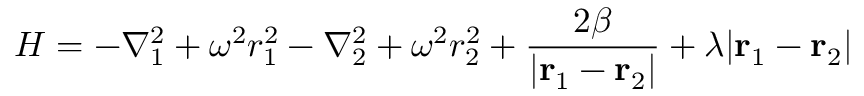
H = - \nabla _ { 1 } ^ { 2 } + \omega ^ { 2 } r _ { 1 } ^ { 2 } - \nabla _ { 2 } ^ { 2 } + \omega ^ { 2 } r _ { 2 } ^ { 2 } + { \frac { 2 \beta } { | { \bf r } _ { 1 } - { \bf r } _ { 2 } | } } + \lambda | { \bf r } _ { 1 } - { \bf r } _ { 2 } |